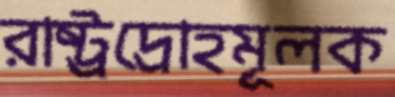
রাষ্ট্রদ্রোহমূলক